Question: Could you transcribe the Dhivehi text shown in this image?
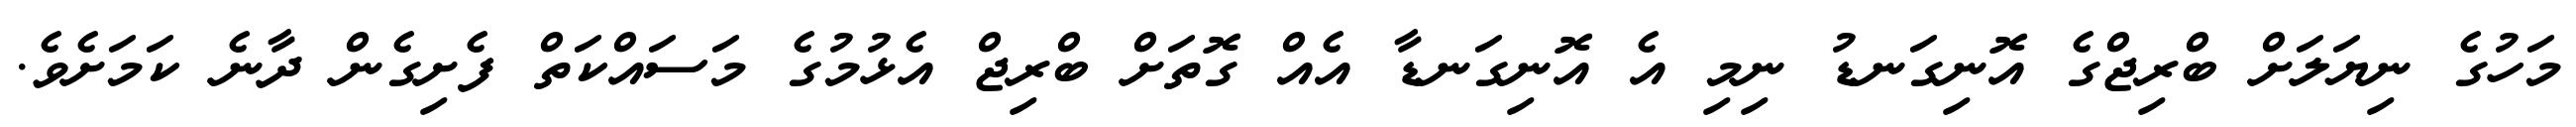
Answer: މަހުގެ ނިޔަލަށް ބްރިޖްގެ އޮނިގަނޑު ނިމި އެ އޮނިގަނޑާ އެއް ގޮތަށް ބްރިޖް އެޅުމުގެ މަސައްކަތް ފެށިގެން ދާނެ ކަމަށެވެ.